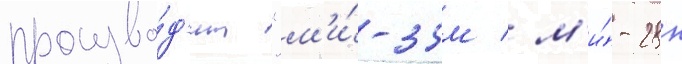
произво́д'ит "м'и́-35м / м'и́-28н